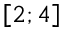
\left[ 2 ; 4 \right]